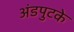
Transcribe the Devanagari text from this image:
अंडपुटके